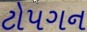
ટોપગન